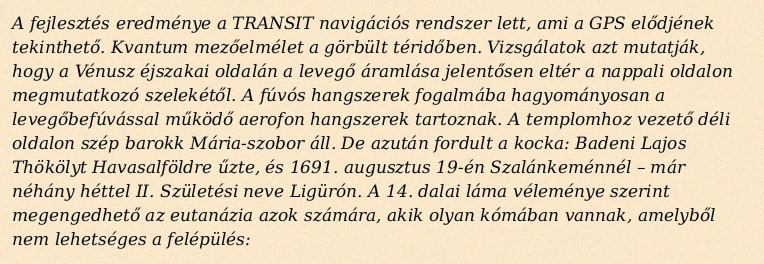
A fejlesztés eredménye a TRANSIT navigációs rendszer lett, ami a GPS elődjének tekinthető. Kvantum mezőelmélet a görbült téridőben. Vizsgálatok azt mutatják, hogy a Vénusz éjszakai oldalán a levegő áramlása jelentősen eltér a nappali oldalon megmutatkozó szelekétől. A fúvós hangszerek fogalmába hagyományosan a levegőbefúvással működő aerofon hangszerek tartoznak. A templomhoz vezető déli oldalon szép barokk Mária-szobor áll. De azután fordult a kocka: Badeni Lajos Thökölyt Havasalföldre űzte, és 1691. augusztus 19-én Szalánkeménnél – már néhány héttel II. Születési neve Ligürón. A 14. dalai láma véleménye szerint megengedhető az eutanázia azok számára, akik olyan kómában vannak, amelyből nem lehetséges a felépülés: